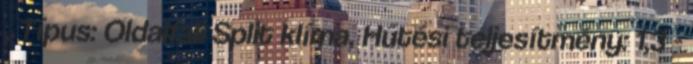
, Típus: Oldalfali Split klíma, Hűtési teljesítmény: 1,3 -